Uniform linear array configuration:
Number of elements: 64
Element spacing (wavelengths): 0.75
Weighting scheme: cosine
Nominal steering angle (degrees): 45
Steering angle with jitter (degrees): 43.107
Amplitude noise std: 0.05
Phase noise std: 0.05

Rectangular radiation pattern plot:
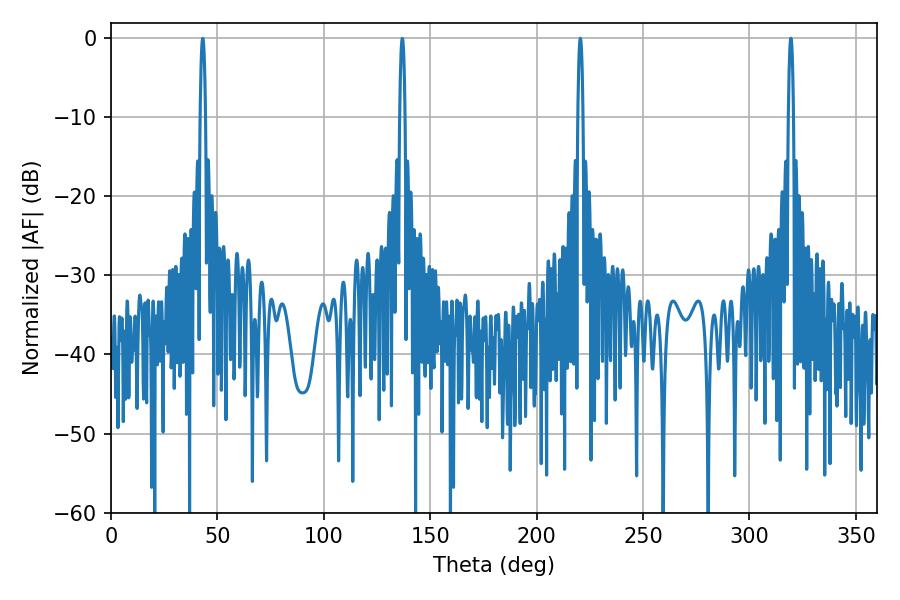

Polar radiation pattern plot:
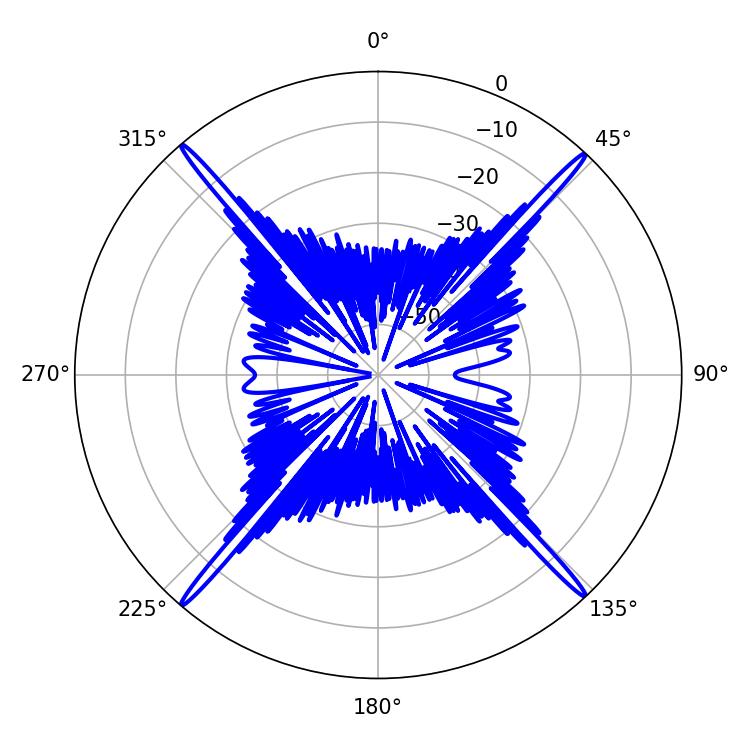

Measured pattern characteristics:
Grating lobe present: TRUE
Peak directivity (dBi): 27.697
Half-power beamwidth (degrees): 1.26
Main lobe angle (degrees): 220.5